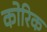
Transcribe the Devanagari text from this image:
कोरिक